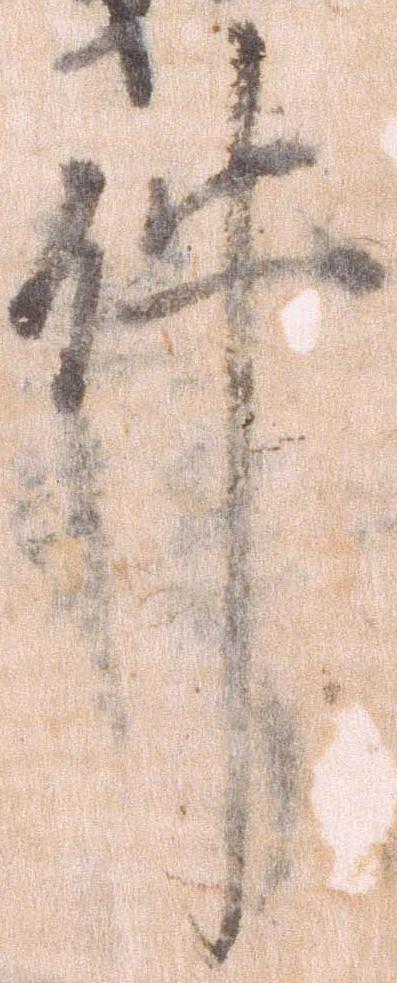
件